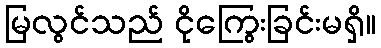
မြလွင်သည် ငိုကြွေးခြင်းမရှိ။